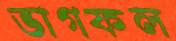
ভাগফল